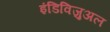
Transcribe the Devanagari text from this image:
इंडिविजुअल